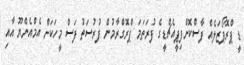
ޑީ ޕްރޮޕޯޒަލެއް ފާސްކޮށްފިޕީއެޗްޑީގެ ފުރަތަމަ ޕްރޮގްރާމުން ފުރުސަތު ފަސް މީހަކަށް އެމްއެންޔޫ އާއި